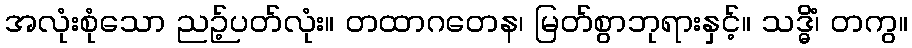
အလုံးစုံသော ညဉ့်ပတ်လုံး။ တထာဂတေန၊ မြတ်စွာဘုရားနှင့်။ သဒ္ဓိံ၊ တကွ။